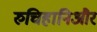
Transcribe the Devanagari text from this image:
रुचिहानिऔर